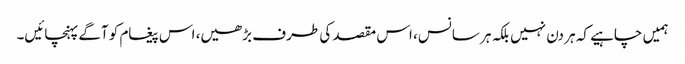
ہمیں چاہیے کہ ہر دن نہیں بلکہ ہر سانس، اس مقصد کی طرف بڑھیں، اس پیغام کو آگے پہنچائیں۔